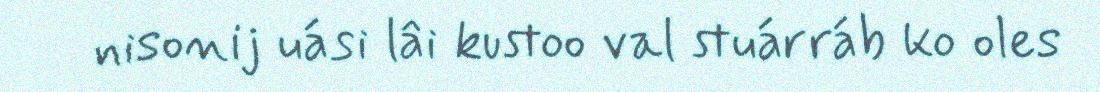
nisonij uási lâi kustoo val stuárráb ko oles